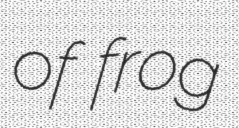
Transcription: of frog